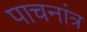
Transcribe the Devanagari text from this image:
पाचनांत्र